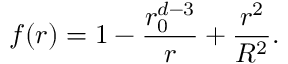
f ( r ) = 1 - \frac { r _ { 0 } ^ { d - 3 } } { r } + \frac { r ^ { 2 } } { R ^ { 2 } } .